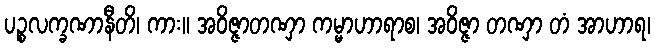
ပဉ္စလက္ခဏာနီတိ၊ ကား။ အဝိဇ္ဇာတဏှာ ကမ္မာဟာရာစ၊ အဝိဇ္ဇာ တဏှာ တံ အာဟာရ၊